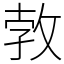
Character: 㪍